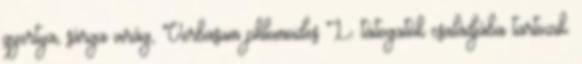
gyertya, sárga virág, Verbasum phlomoides L. tátogatók családjába tartozik.